Annual administration report of the Civil Veterinary Department of India - 1904-1905
Year: 1904
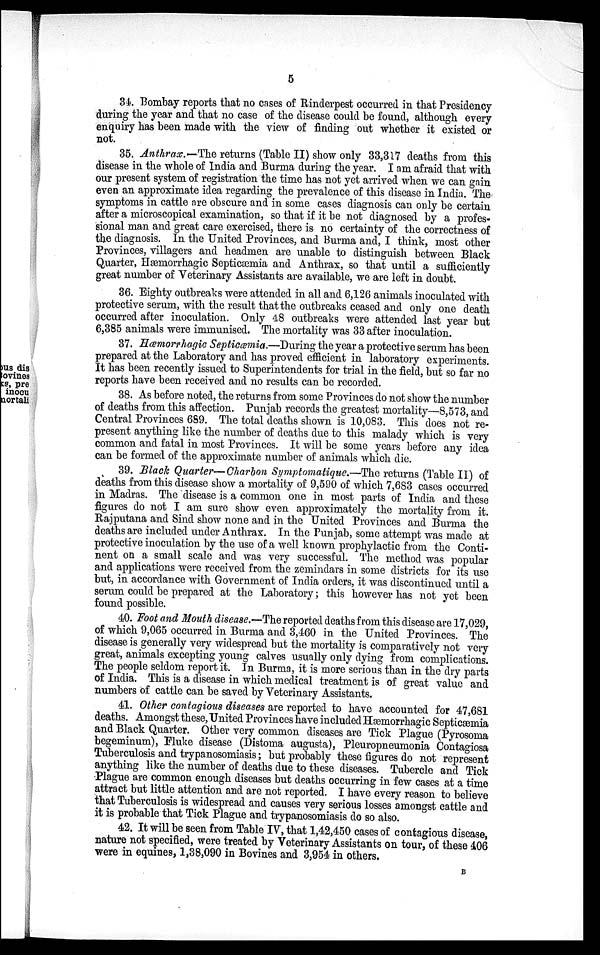
5
34. Bombay reports that no cases of Rinderpest occurred in that Presidency
during the year and that no case of the disease could be found, although every
enquiry has been made with the view of finding out whether it existed or
not.
35. Anthrax.—The returns (Table II) show only 33,317 deaths from this
disease in the whole of India and Burma during the year. I am afraid that with
our present system of registration the time has not yet arrived when we can gain
even an approximate idea regarding the prevalence of this disease in India. The
symptoms in cattle are obscure and in some cases diagnosis can only be certain
after a microscopical examination, so that if it be not diagnosed by a profes-
sional man and great care exercised, there is no certainty of the correctness of
the diagnosis. In the United Provinces, and Burma and, I think, most other
Provinces, villagers and headmen are unable to distinguish between Black
Quarter, Hæmorrhagic Septicæmia and Anthrax, so that until a sufficiently
great number of Veterinary Assistants are available, we are left in doubt.
36. Eighty outbreaks were attended in all and 6,126 animals inoculated with
protective serum, with the result that the outbreaks ceased and only one death
occurred after inoculation. Only 48 outbreaks were attended last year but
6,385 animals were immunised. The mortality was 33 after inoculation.
37. Hæmorrhagic Septicœmia.—During the year a protective serum has been
prepared at the Laboratory and has proved efficient in laboratory experiments.
It has been recently issued to Superintendents for trial in the field, but so far no
reports have been received and no results can be recorded.
38. As before noted, the returns from some Provinces do not show the number
of deaths from this affection. Punjab records the greatest mortality—8,573, and
Central Provinces 689. The total deaths shown is 10,083. This does not re-
present anything like the number of deaths due to this malady which is very
common and fatal in most Provinces. It will be some years before any idea
can be formed of the approximate number of animals which die.
39. Black Quarter—Charbon Symptomatique.—The returns (Table II) of
deaths from this disease show a mortality of 9,590 of which 7,683 cases occurred
in Madras. The disease is a common one in most parts of India and these
figures do not I am sure show even approximately the mortality from it.
Rajputana and Sind show none and in the United Provinces and Burma the
deaths are included under Anthrax. In the Punjab, some attempt was made at
protective inoculation by the use of a well known prophylactic from the Conti-
nent on a small scale and was very successful. The method was popular
and applications were received from the zemindars in some districts for its use
but, in accordance with Government of India orders, it was discontinued until a
serum could be prepared at the Laboratory; this however has not yet been
found possible.
40. Foot and Mouth disease.—The reported deaths from this disease are 17,029,
of which 9,065 occurred in Burma and 3,460 in the United Provinces. The
disease is generally very widespread but the mortality is comparatively not very
great, animals excepting young calves usually only dying from complications.
The people seldom report it. In Burma, it is more serious than in the dry parts
of India. This is a disease in which medical treatment is of great value and
numbers of cattle can be saved by Veterinary Assistants.
41. Other contagious diseases are reported to have accounted for 47,681
deaths. Amongst these, United Provinces have included Hæmorrhagic Septicæmia
and Black Quarter. Other very common diseases are Tick Plague (Pyrosoma
begeminum), Fluke disease (Distoma augusta), Pleuropneumonia Contagiosa
Tuberculosis and trypanosomiasis; but probably these figures do not represent
anything like the number of deaths due to these diseases. Tubercle and Tick
Plague are common enough diseases but deaths occurring in few cases at a time
attract but little attention and are not reported. I have every reason to believe
that Tuberculosis is widespread and causes very serious losses amongst cattle and
it is probable that Tick Plague and trypanosomiasis do so also.
42. It will be seen from Table IV, that 1,42,450 cases of contagious disease,
nature not specified, were treated by Veterinary Assistants on tour, of these 406
were in equines, 1,38,090 in Bovines and 3,954 in others.
B